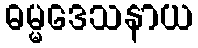
ဓမ္မဒေသနာယ